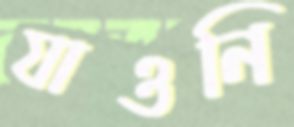
যাওনি